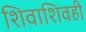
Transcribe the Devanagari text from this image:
शिवाशिवही